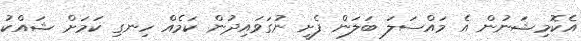
އެކޮމިޝަނުން އެ މައްސަލަ ބަލަން ފެށީ ނުގަވައިދުން ކަމެއް ހިނގި ކަމަށް ޝައްކު